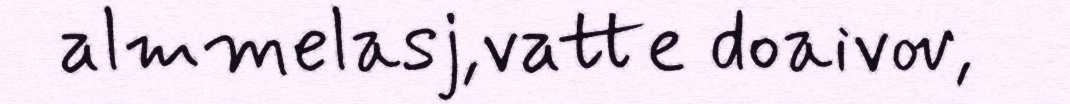
almmelasj,vatte doaivov,